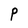
Character: P